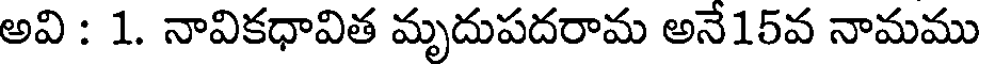
అవి : 1. నావికధావిత మృదుపదరామ అనే15వ నామము